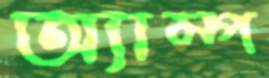
অ্যাম্প